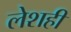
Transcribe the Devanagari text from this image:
लेशही